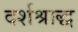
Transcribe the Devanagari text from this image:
दर्शश्राद्ध